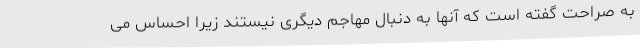
به صراحت گفته است که آنها به دنبال مهاجم دیگری نیستند زیرا احساس می